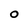
Character: O